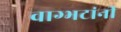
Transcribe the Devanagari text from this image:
वाग्भटांनी